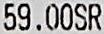
59.00SR